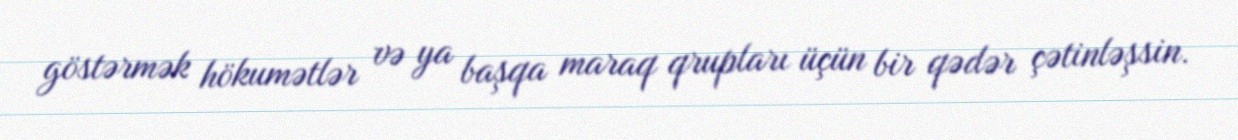
göstərmək hökumətlər və ya başqa maraq qrupları üçün bir qədər çətinləşsin.